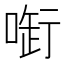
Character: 𠷢